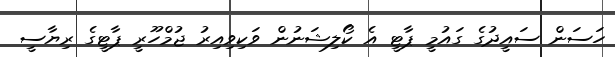
ހަސަން ސައީދުގެ ގައުމީ ޕާޓީ އެ ކޯލިޝަނުން ވަކިވިއިރު ޖުމްހޫރީ ޕާޓީގެ ރިޔާސީ